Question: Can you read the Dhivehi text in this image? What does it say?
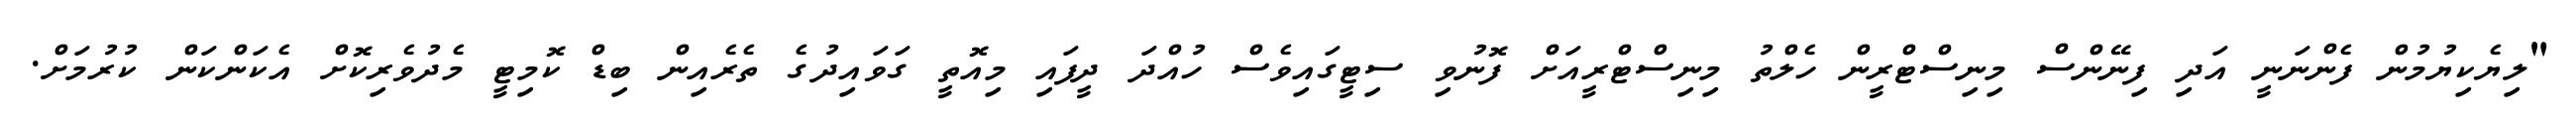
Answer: "ލިޔެކިޔުމުން ފެންނަނީ އަދި ފިނޭންސް މިނިސްޓްރީން ހެލްތު މިނިސްޓްރީއަށް ފޮނުވި ސިޓީގައިވެސް ހުއްދަ ދީފައި މިއޮތީ ގަވައިދުގެ ތެރެއިން ބިޑް ކޮމިޓީ މެދުވެރިކޮށް އެކަންކަން ކުރުމަށް.